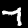
Label: 7